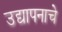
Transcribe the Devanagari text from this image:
उद्यापनाचे